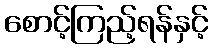
စောင့်ကြည့်ရန်နှင့်